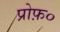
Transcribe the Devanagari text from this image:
प्रोफ़०